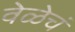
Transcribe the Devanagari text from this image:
वेळेचं